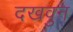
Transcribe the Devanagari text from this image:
दखवुन